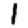
Digit: 1